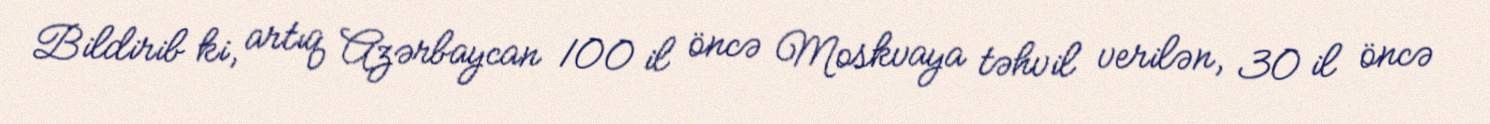
Bildirib ki, artıq Azərbaycan 100 il öncə Moskvaya təhvil verilən, 30 il öncə